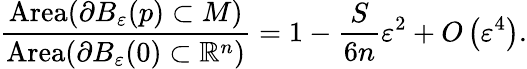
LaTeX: {\frac{\operatorname{Area}(\partial B_{\varepsilon}(p)\subset M)}{\operatorname{Area}(\partial B_{\varepsilon}(0)\subset{\mathbb{R}}^{n})}}=1-{\frac{S}{6n}}\varepsilon^{2}+O\left(\varepsilon^{4}\right).